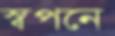
স্বপনে